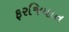
ફરજિયાત